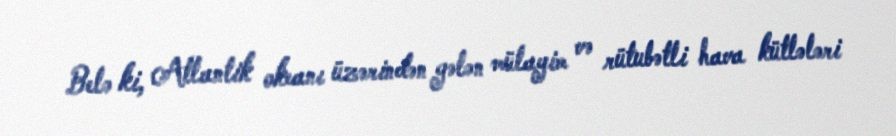
Belə ki, Atlantik okeanı üzərindən gələn mülayim və rütubətli hava kütlələri